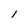
Character: 1